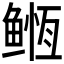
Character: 𱈇